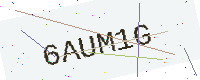
Text: 6AUM1G